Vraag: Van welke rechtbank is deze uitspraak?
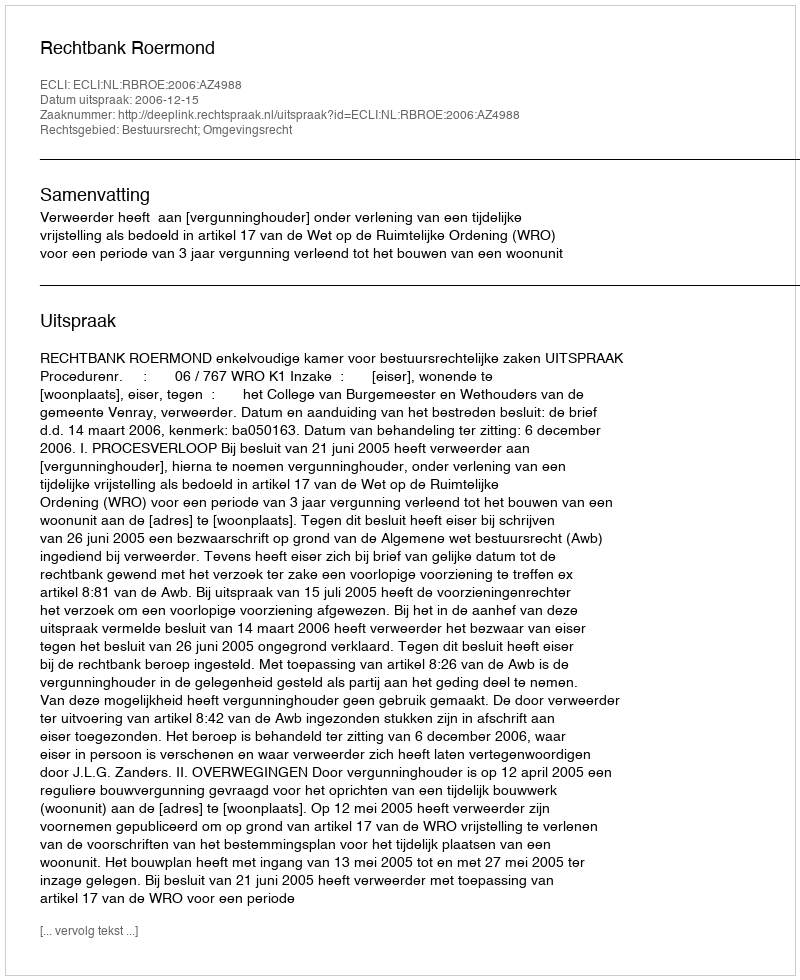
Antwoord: Rechtbank Roermond